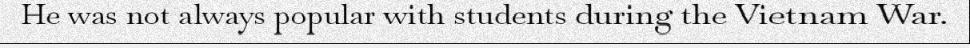
He was not always popular with students during the Vietnam War.